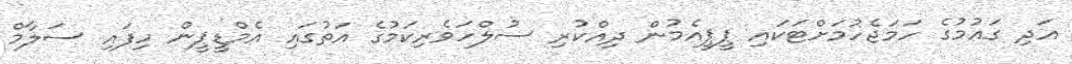
އަދި ގައުމުގެ ހަމަޖެހުމަށްޓަކައި ޕީޕީއެމުން ދިއްކުރި ސުލްހަވެރިކަމުގެ އަތުގައި އެމްޑީޕީން ހިފައި ސަލާމް